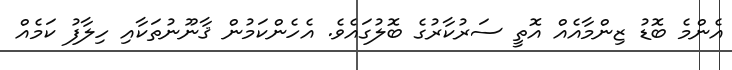
އެންމެ ބޮޑު ޒިންމާއެއް އޮތީ ސަރުކާރުގެ ބޮލުގައެވެ. އެހެންކަމުން ޤާނޫނުތަކާއި ހިލާފު ކަމެއް